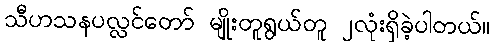
သီဟသနပလ္လင်တော် မျိုးတူရွယ်တူ ၂လုံးရှိခဲ့ပါတယ်။